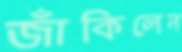
জাঁকিলেন